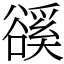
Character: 豀